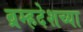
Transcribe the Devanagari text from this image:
ब्रम्हदेशच्या